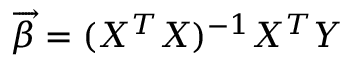
{ \overrightarrow { \beta } } = ( X ^ { T } X ) ^ { - 1 } X ^ { T } Y